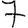
Digit: 7